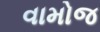
વામોજ